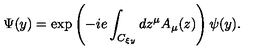
\Psi ( y ) = \exp \left( { - i e \int _ { C _ { \xi y } } { d z ^ { \mu } A _ { \mu } ( z ) } } \right) \psi ( y ) .